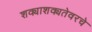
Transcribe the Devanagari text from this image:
शक्याशक्यतेवरचे